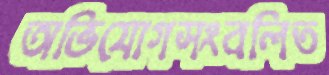
অভিযোগসংবলিত